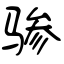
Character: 骖